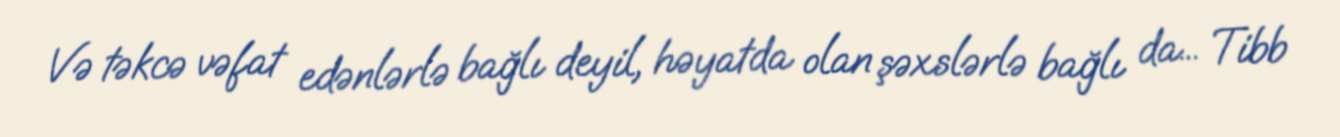
Və təkcə vəfat edənlərlə bağlı deyil, həyatda olan şəxslərlə bağlı da... Tibb